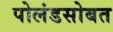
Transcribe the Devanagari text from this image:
पोलंडसोबत